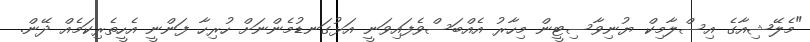
"މެލޭޝިއާގެ އިސްލާމިކް ޔުނިވާސިޓީން މިހާރު އެއްބަސްވެފައިވަނީ އަޅުގަނޑުމެންނަށް ހުރިހާ ފަންނީ އެހީތެރިކަމެއް ދޭން.